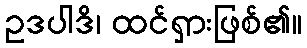
ဥဒပါဒိ၊ ထင်ရှားဖြစ်၏။